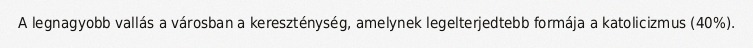
A legnagyobb vallás a városban a kereszténység, amelynek legelterjedtebb formája a katolicizmus (40%).